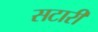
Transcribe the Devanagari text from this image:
सटारी